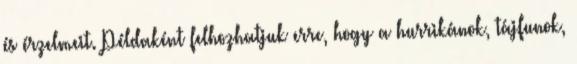
és érzelmeit. Példaként felhozhatjuk erre, hogy a hurrikánok, tájfunok,